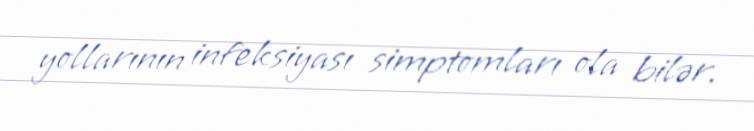
yollarının infeksiyası simptomları ola bilər.